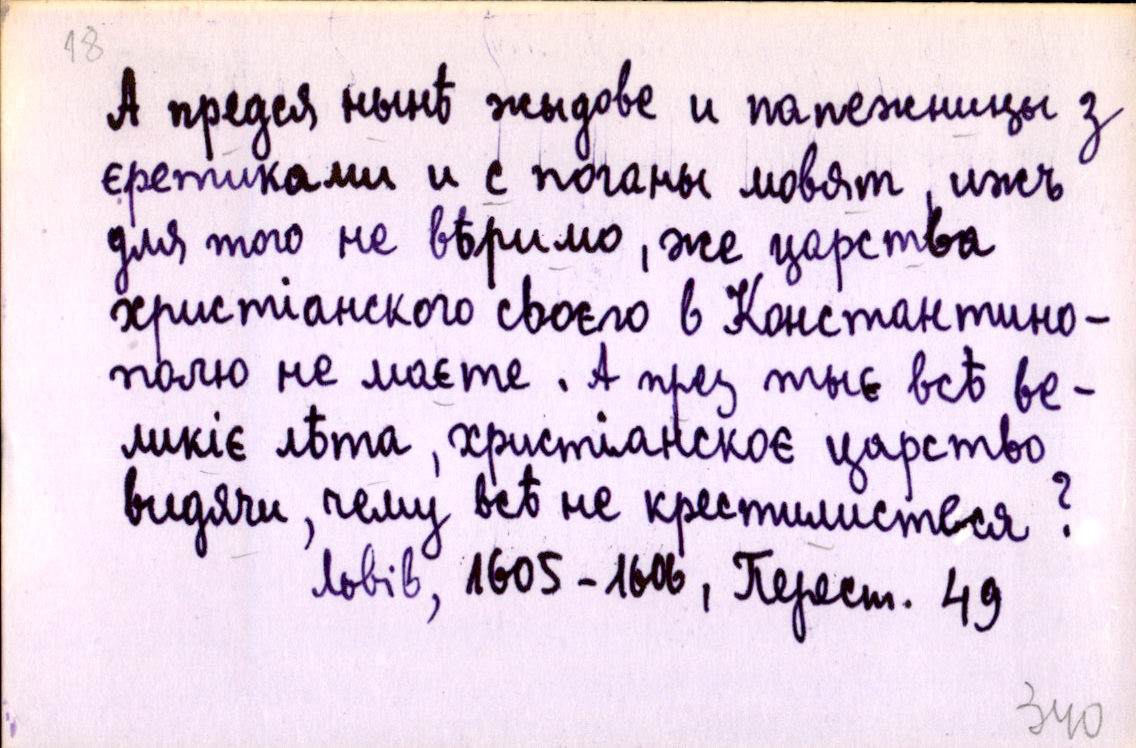
А предся нынѣ жыдове и папежницы з
єретиками и с поганы мовят, ижъ
для того не вѣримо, же царства
христіанского своєго в Константино-
полю не маєте. А през тыє всѣ ве-
ликіє лѣта, христіанскоє царство
видячи, чему всѣ не крестилистеся?
Львів, 1605-1606, Перест. 49